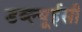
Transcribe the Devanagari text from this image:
डब्ल्यूईसी